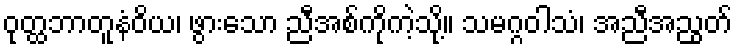
ဝုတ္ထဘာတူနံဝိယ၊ ဖွားသော ညီအစ်ကိုကဲ့သို့။ သမဂ္ဂဝါသံ၊ အညီအညွတ်